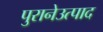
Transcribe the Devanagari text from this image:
पुरानेउत्पाद